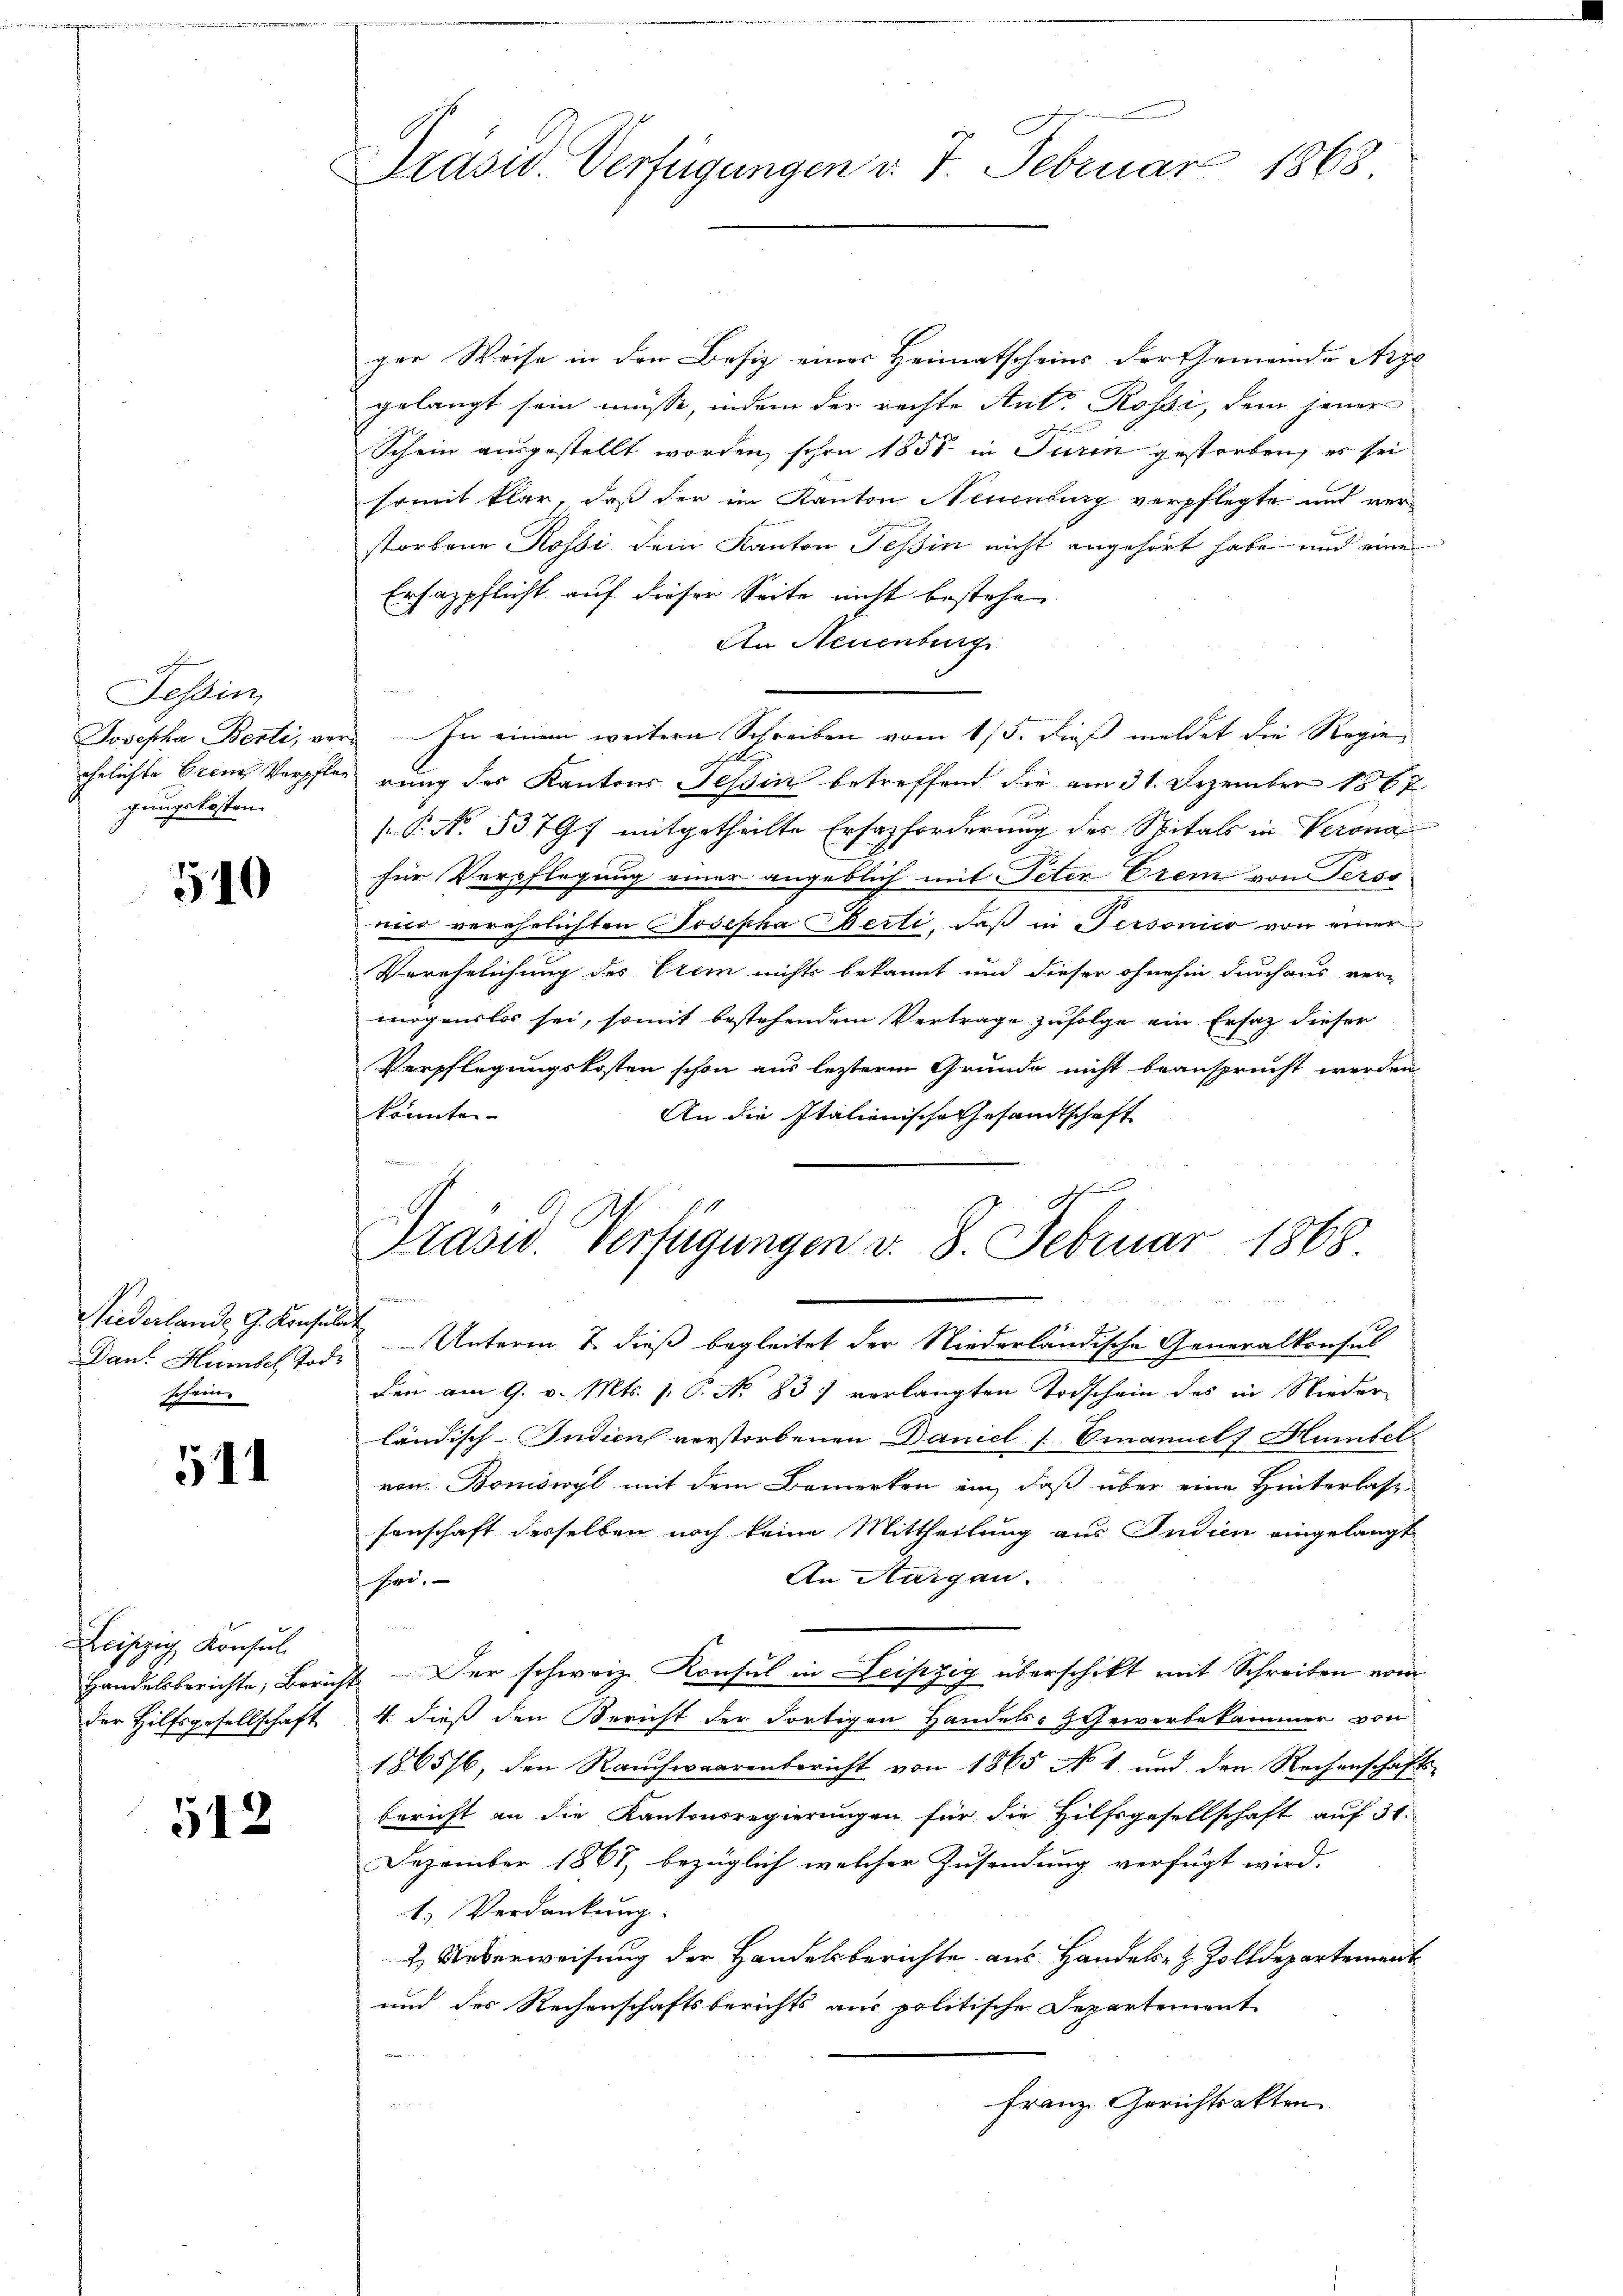
dung

Tessin,
gungskosten.

510

Miederland. G. Konsulat
schein.

51

Leipzig Konsul
der Hilfsgesellschaft

512

Präsid. Verfügungen v. 7. Februar 1868

ger Weise in den Besiz einer Heimatscheins der Gemeinde Arze
gelangt sein müsse, indem der rechte Ant. Rossi, dem jener
Schein ausgestellt worden, schon 1850 in Turin gestorben, es sei
somit klar, daß der im Kanton Neuenburg verpflegte und verstorbene Rossi dem Kanton Tessin nicht angehört habe und eine
Ersazpflicht auf dieser Seite nicht bestehen
An Neuenburg
Josepha Berti, ver- In einem weitern Schreiben vom 15. dieß meldet die Regie¬
1
ehelichte Grenz Verpflen rung der Kantons Tessin betreffend die am 31. Dezember 1867
s P. Nr. 33797 mitgetheilte Erfazforderung des Spitals in Verona
für Verpflegung einer angeblich mit Peter Erem von Perso
wird verehelichten Josepha Berli, daß in Personico von einer
Verehelichung des Crem nichts bekannt und dieser ohnehin durchaus ver-
mögenslos sei, somit bestehendem Vertrage zufolge ein Ersatz dieser
Verpflegungskosten schon aus lezterm Grunde nicht beansprucht werden
könnten.
An die Italienische Gesandtschaft
Präsid. Verfügungen v. 8. Februar 1868
Dans Hunkel Tode Unterm 7. dieß begleitet der Niederländische Generalkonsul
den am 9. v. Mts. 1. P. No 837 verlangten Todschein des in Nieder
ländisch-Indien verstorbenen Daniel Emanuel Humbel
von Bomöwyl mit dem Bemerken ein, daß über eine Hinterlass-
senschaft desselben noch keine Mittheilung aus Indien eingelangt
An Aargau.
fri¬
Handelsberichte, Bericht der schweiz. Konsul in Leipzig überschikt mit Schreiben vom
4. dieß den Bericht der dortigen Handels-Scheiverbekammer von
1865/6, den Rauchwaarenbericht von 1865 No 1 und den Rechenschafts-
bericht an die Kantonsregierungen für die Hilfsgesellschaft auf 31.
Dezember 1867, bezüglich welcher Zusendung verfügt wird.
1.) Verdankung:
2. Ueberweisung der Handelsberichte aus Handels- & Zolldepartement
und des Rechenschaftsberichts aus politische Departemont
Franz. Gerichtsakten
.